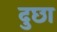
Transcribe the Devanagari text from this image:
दुछा